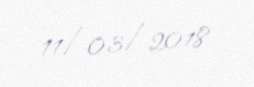
11/03/2018